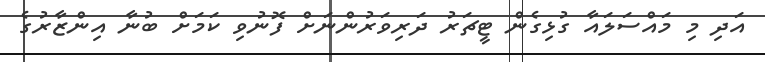
އަދި މި މައްސަލައާ ގުޅިގެން ޓީޗަރު ދަރިވަރުންނަށް ފޮނުވި ކަމަށް ބުނާ އިންޒާރުގެ